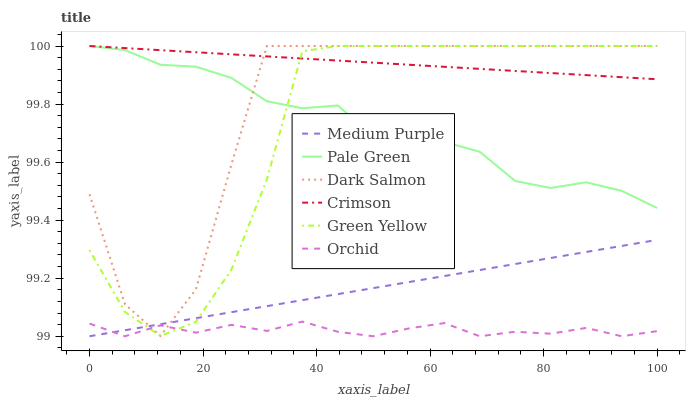
| xaxis_label | Medium Purple | Pale Green | Dark Salmon | Crimson | Green Yellow | Orchid |
 | --- | --- | --- | --- | --- | --- | --- |
 | 0 | 99 | 100 | 99.5 | 100 | 99.3 | 99 |
 | 6.25 | 99 | 100 | 99.1 | 100 | 99.1 | 99 |
 | 12.5 | 99 | 99.9 | 99 | 100 | 99 | 99 |
 | 18.8 | 99.1 | 99.9 | 99.2 | 100 | 99 | 99 |
 | 25 | 99.1 | 99.9 | 99.6 | 100 | 99.2 | 99 |
 | 31.2 | 99.1 | 99.8 | 100 | 100 | 99.5 | 99 |
 | 37.5 | 99.1 | 99.8 | 100 | 100 | 100 | 99.1 |
 | 43.8 | 99.1 | 99.8 | 100 | 99.9 | 100 | 99 |
 | 50 | 99.2 | 99.7 | 100 | 99.9 | 100 | 99 |
 | 56.2 | 99.2 | 99.6 | 100 | 99.9 | 100 | 99 |
 | 62.5 | 99.2 | 99.7 | 100 | 99.9 | 100 | 99 |
 | 68.8 | 99.2 | 99.6 | 100 | 99.9 | 100 | 99 |
 | 75 | 99.2 | 99.5 | 100 | 99.9 | 100 | 99 |
 | 81.2 | 99.3 | 99.5 | 100 | 99.9 | 100 | 99 |
 | 87.5 | 99.3 | 99.5 | 100 | 99.9 | 100 | 99 |
 | 93.8 | 99.3 | 99.5 | 100 | 99.9 | 100 | 99 |
 | 100 | 99.3 | 99.4 | 100 | 99.9 | 100 | 99 |